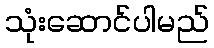
သုံးဆောင်ပါမည်